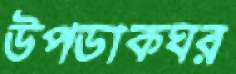
উপডাকঘর